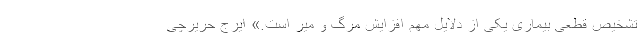
تشخیص قطعی بیماری یکی از دلایل مهم افزایش مرگ و میر است.» ایرج حریرچی